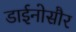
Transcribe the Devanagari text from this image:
डाईनोसौर